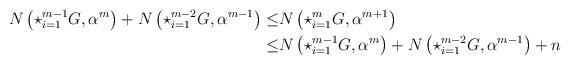
LaTeX: \begin{align*}N \left( {{\star_{i=1}^{m-1}} G},\alpha^{m}\right) + N \left( {\star_{i=1}^{m-2} G},\alpha^{m-1}\right) \leq & N\left( {{\star_{i=1}^m} G} ,\alpha^{m+1}\right) \\\leq & N \left({{\star_{i=1}^{m-1}} G}, \alpha^{m}\right) + N \left( {{\star_{i=1}^{m-2}} G},\alpha^{m-1}\right) + n\end{align*}